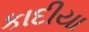
કાદીયા